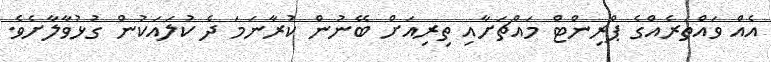
އެއް ވައްތަރެއްގެ ޕްރިންޓް މައްޗަށާއި ތިރިއަށް ބޭނުން ކުރާނަމަ ދެ ކުލައަކުން ގުޅުވާލާށެވެ.